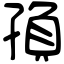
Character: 𡥼